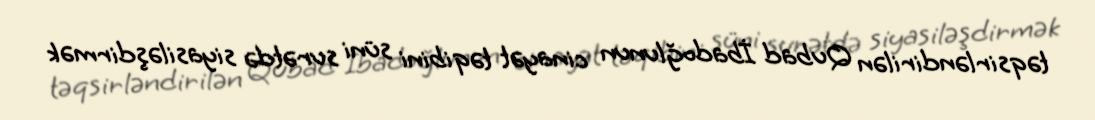
təqsirləndirilən Qubad İbadoğlunun cinayət təqibini süni surətdə siyasiləşdirmək